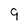
Character: 9